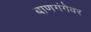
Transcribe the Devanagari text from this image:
बाणगंगेवर